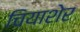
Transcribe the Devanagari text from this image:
चियाशेर